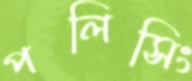
পলিসিং